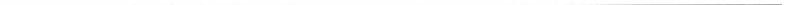
___